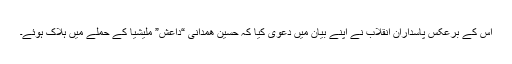
اس کے برعکس پاسداران انقلاب نے اپنے بیان میں دعویٰ کیا کہ حسین ھمدانی “داعش” ملیشیا کے حملے میں ہلاک ہوئے۔